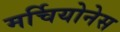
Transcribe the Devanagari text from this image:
मर्चियोनेस